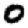
Digit: 0